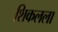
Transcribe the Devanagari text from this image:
शिकलला